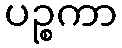
ပဉ္စကာ